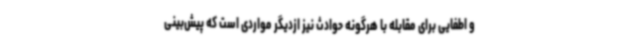
و اطفایی برای مقابله با هرگونه حوادث نیز ازدیگر مواردی است که پیش‌بینی